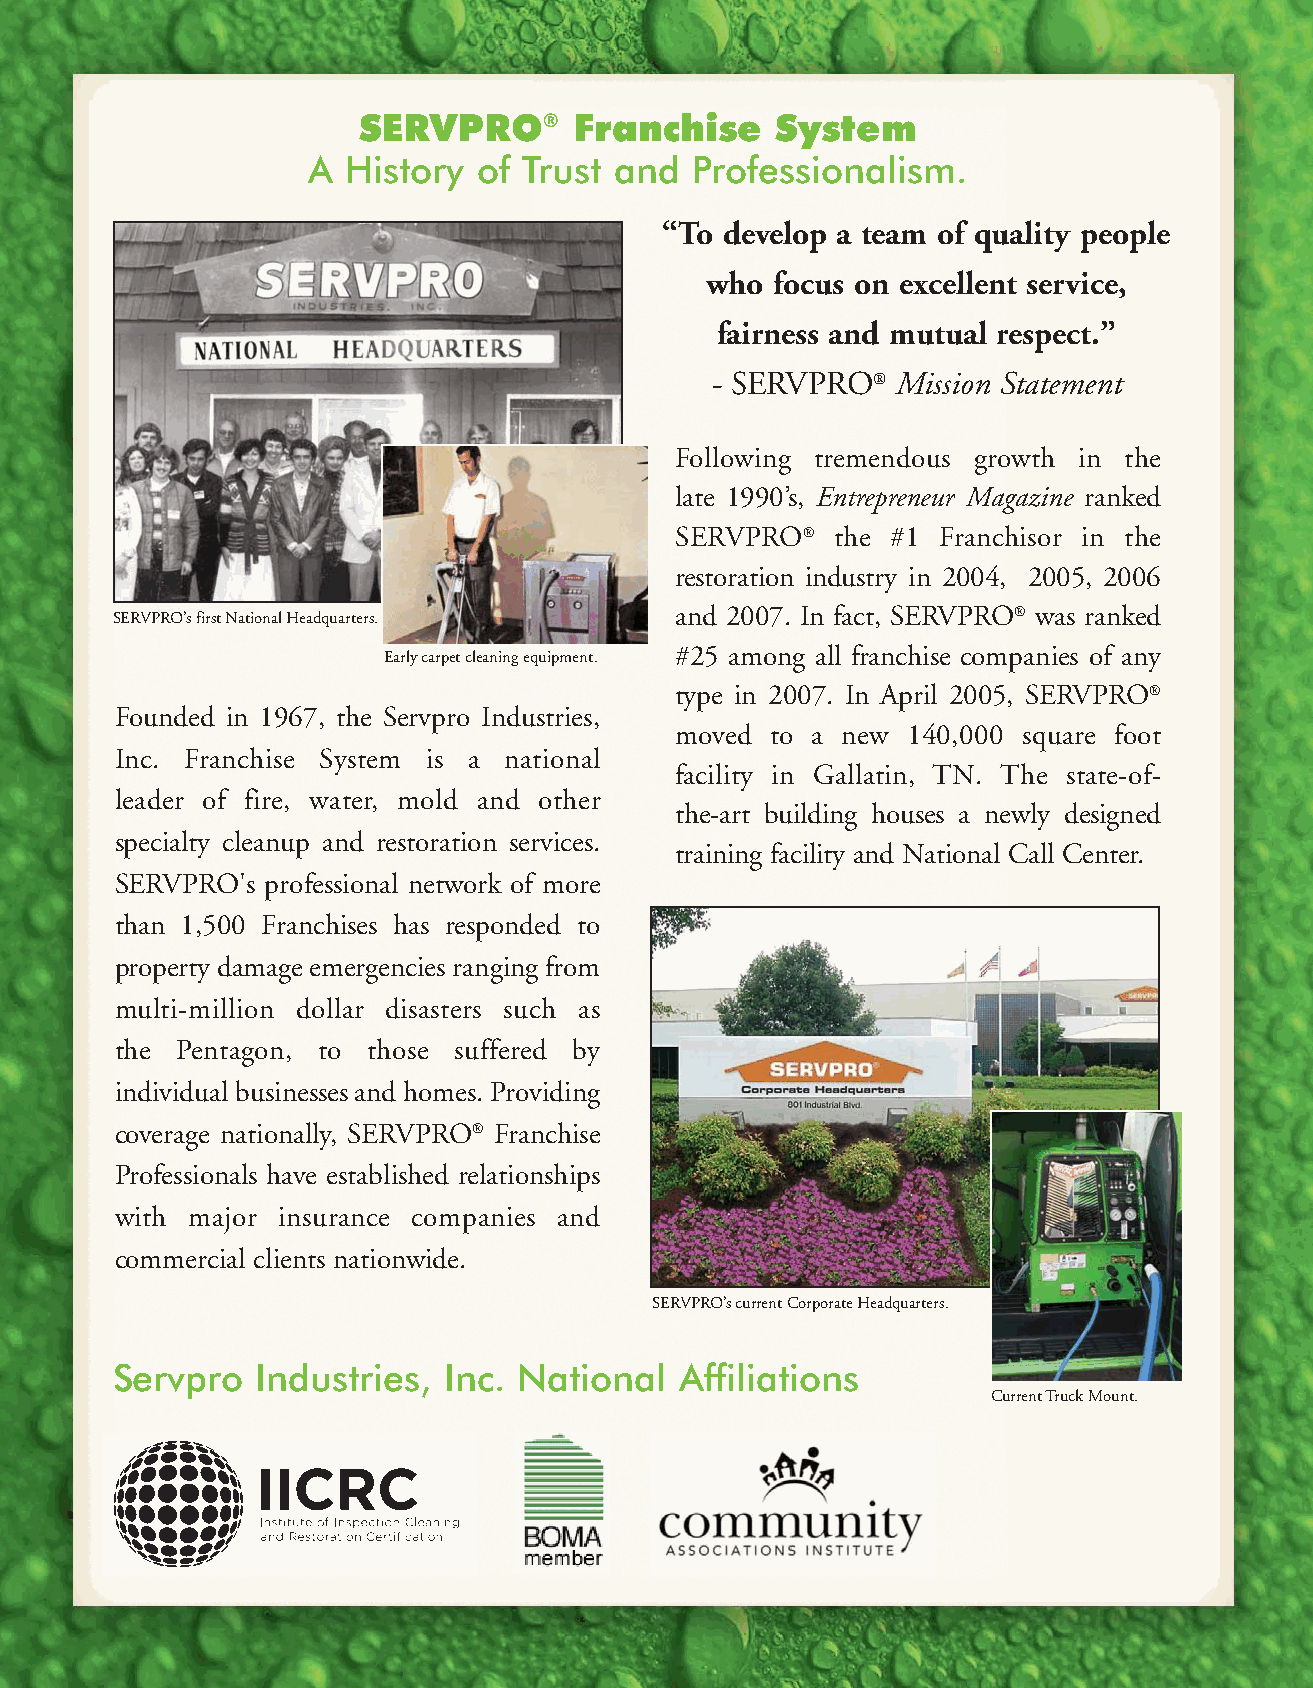
SERVPRO®      Franchise    System
 A  History  of Trust and  Professionalism.
 “To develop a team of quality people
 who focus on excellent service,
 fairness and mutual respect.”
 - SERVPRO®  Mission Statement
 Following tremendous growth in the
 late 1990’s, Entrepreneur Magazine ranked
 SERVPRO®  the #1 Franchisor in the
 restoration industry in 2004, 2005, 2006
 SERVPRO’s first National Headquarters.
 and 2007. In fact, SERVPRO® was ranked
 Early carpet cleaning equipment. #25 among all franchise companies of any
 type in 2007. In April 2005, SERVPRO®
 Founded in 1967, the Servpro Industries,
 moved to a new 140,000 square foot
 Inc. Franchise System is a national
 facility in Gallatin, TN. The state-of-
 leader of fire, water, mold and other
 the-art building houses a newly designed
 specialty cleanup and restoration services.
 training facility and National Call Center.
 SERVPRO's professional network of more
 than 1,500 Franchises has responded to
 property damage emergencies ranging from
 multi-million dollar disasters such as
 the Pentagon, to those suffered by
 individual businesses and homes. Providing
 coverage nationally, SERVPRO® Franchise
 Professionals have established relationships
 with major insurance companies and
 commercial clients nationwide.
 SERVPRO’s current Corporate Headquarters.
 Servpro   Industries, Inc. National   Affiliations
 Current Truck Mount.